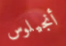
أنجيلوس